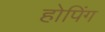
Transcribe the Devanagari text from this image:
होपिंग